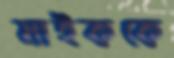
মাইককে